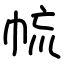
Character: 㡆